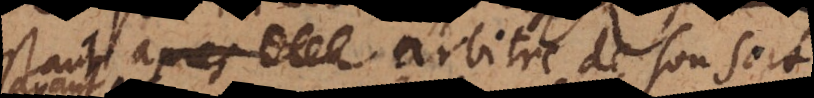
stant arbitre de son sort